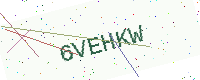
Text: 6VEHKW